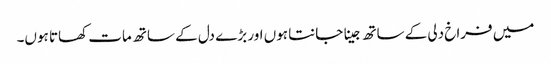
میں فراخ دلی کے ساتھ جینا جانتا ہوں اور بڑے دل کے ساتھ مات کھاتا ہوں۔